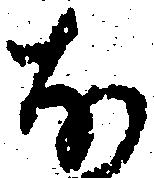
な